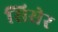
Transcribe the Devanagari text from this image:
सिसेर